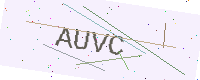
Text: AUVC